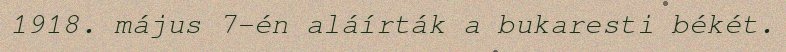
1918. május 7-én aláírták a bukaresti békét.